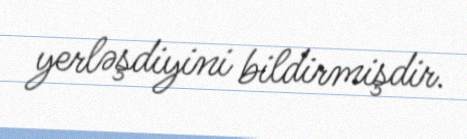
yerləşdiyini bildirmişdir.